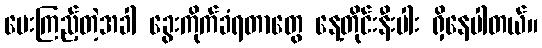
မေးကြည့်တဲ့အခါ ခွေးကိုက်ခံရတာတွေ နေ့တိုင်းနီးပါး ရှိနေပါတယ်။